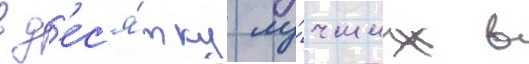
в д'ес'я́тку лу́чших в